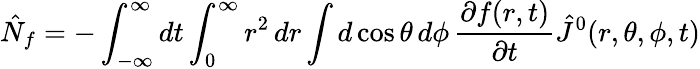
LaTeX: \hat{N}_{f}=-\int_{-\infty}^{\infty}dt\int_{0}^{\infty}r^{2}\, dr\int d\cos\theta\, d\phi\, \frac{\partial f(r,t)}{\partial t}\hat{J}^{0}(r,\theta,\phi,t)